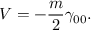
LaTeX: V = - \frac { m } 2 \gamma _ { 0 0 } .